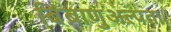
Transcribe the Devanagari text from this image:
बिंबाणुअल्पता